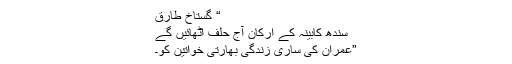
“ گستاخ طارق
سندھ کابینہ کے ارکان آج حلف اٹھائیں گے
”عمران کی ساری زندگی بھارتی خواتین کو۔